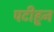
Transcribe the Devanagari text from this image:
पटीहून